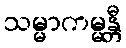
သမ္မာကမ္မန္တီ